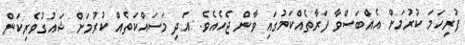
ފުރިހަމަ ކުރުމަށް އެއްބަސްވާ ފަރާތެއްކަމުގައި ވާން ޖެހެއެވެ. އަދި މަސައްކަތެއް ކުރުމަށް ޝައުގުވެރިކަން